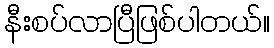
နီးစပ်လာပြီဖြစ်ပါတယ်။